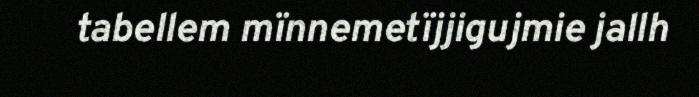
tabellem mïnnemetïjjigujmie jallh